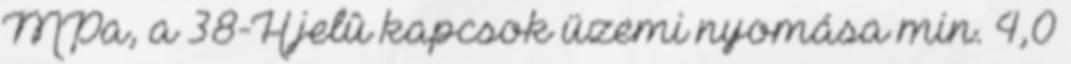
MPa, a 38-H jelû kapcsok üzemi nyomása min. 4,0